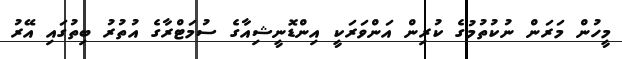
މީހުން މަރަން ނުކުތުމުގެ ކުރިން އަންވަރަކީ އިންޑޮނީޝިއާގެ ސުމަޓްރާގެ އުތުރު ބިތުގައި އޭރު